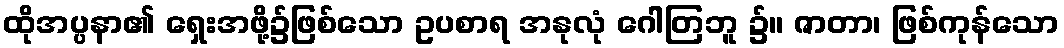
ထိုအပ္ပနာ၏ ရှေးအဖို့၌ဖြစ်သော ဥပစာရ အနုလုံ ဂေါတြဘူ ၌။ ဇာတာ၊ ဖြစ်ကုန်သော